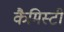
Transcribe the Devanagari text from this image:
कैमिस्टी